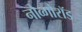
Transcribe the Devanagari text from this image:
नोव्गोरॉड